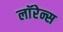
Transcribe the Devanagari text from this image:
लाॅरेन्स